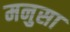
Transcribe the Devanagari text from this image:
मनुसा